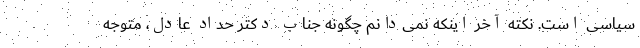
سیاسی است. نکته آخر اینکه نمی‌دانم چگونه جناب دکتر حداد عادل، متوجه